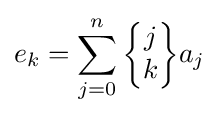
e_{k}=\sum _{j=0}^{n}{\begin{Bmatrix}j\\k\end{Bmatrix}}a_{j}